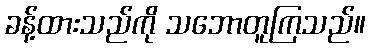
ခန့်ထားသည်ကို သဘောတူကြသည်။